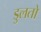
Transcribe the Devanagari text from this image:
डुलतो